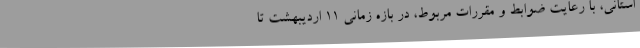
استانی، با رعایت ضوابط و مقررات مربوط، در بازه زمانی ۱۱ اردیبهشت تا